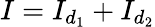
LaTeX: I=I_{d_{1}}+I_{d_{2}}